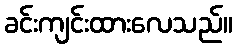
ခင်းကျင်းထားလေသည်။